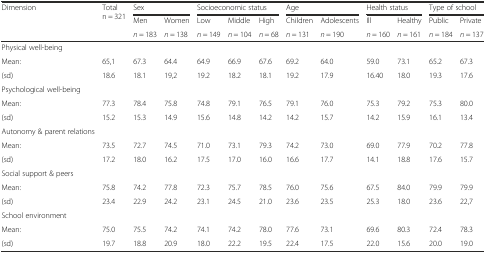
<table><thead><tr><td rowspan="3"><b>Dimension</b></td><td rowspan="3"><b>Total n = 321</b></td><td colspan="2"><b>Sex</b></td><td colspan="3"><b>Socioeconomic status</b></td><td colspan="2"><b>Age</b></td><td colspan="2"><b>Health status</b></td><td colspan="2"><b>Type of school</b></td></tr><tr><td><b>Men</b></td><td><b>Women</b></td><td><b>Low</b></td><td><b>Middle</b></td><td><b>High</b></td><td><b>Children</b></td><td><b>Adolescents</b></td><td><b>Ill</b></td><td><b>Healthy</b></td><td><b>Public</b></td><td><b>Private</b></td></tr><tr><td><b><i>n</i> = 183</b></td><td><b><i>n</i> = 138</b></td><td><b><i>n</i> = 149</b></td><td><b><i>n</i> = 104</b></td><td><b><i>n</i> = 68</b></td><td><b><i>n</i> = 131</b></td><td><b><i>n</i> = 190</b></td><td><b><i>n</i> = 160</b></td><td><b><i>n</i> = 161</b></td><td><b><i>n</i> = 184</b></td><td><b><i>n</i> = 137</b></td></tr></thead><tbody><tr><td>Physical well-being</td><td></td><td></td><td></td><td></td><td></td><td></td><td></td><td></td><td></td><td></td><td></td><td></td></tr><tr><td>Mean:</td><td>65,1</td><td>67.3</td><td>64.4</td><td>64.9</td><td>66.9</td><td>67.6</td><td>69.2</td><td>64.0</td><td>59.0</td><td>73.1</td><td>65.2</td><td>67.3</td></tr><tr><td>(sd)</td><td>18.6</td><td>18.1</td><td>19,2</td><td>19.2</td><td>18.2</td><td>18.1</td><td>19.2</td><td>17.9</td><td>16.40</td><td>18.0</td><td>19.3</td><td>17.6</td></tr><tr><td>Psychological well-being</td><td></td><td></td><td></td><td></td><td></td><td></td><td></td><td></td><td></td><td></td><td></td><td></td></tr><tr><td>Mean:</td><td>77.3</td><td>78.4</td><td>75.8</td><td>74.8</td><td>79.1</td><td>76.5</td><td>79.1</td><td>76.0</td><td>75.3</td><td>79.2</td><td>75.3</td><td>80.0</td></tr><tr><td>(sd)</td><td>15.2</td><td>15.3</td><td>14.9</td><td>15.6</td><td>14.8</td><td>14.2</td><td>14.2</td><td>15.7</td><td>14.2</td><td>15.9</td><td>16.1</td><td>13.4</td></tr><tr><td>Autonomy &amp; parent relations</td><td></td><td></td><td></td><td></td><td></td><td></td><td></td><td></td><td></td><td></td><td></td><td></td></tr><tr><td>Mean:</td><td>73.5</td><td>72.7</td><td>74.5</td><td>71.0</td><td>73.1</td><td>79.3</td><td>74.2</td><td>73.0</td><td>69.0</td><td>77.9</td><td>70.2</td><td>77.8</td></tr><tr><td>(sd)</td><td>17.2</td><td>18.0</td><td>16.2</td><td>17.5</td><td>17.0</td><td>16.0</td><td>16.6</td><td>17.7</td><td>14.1</td><td>18.8</td><td>17.6</td><td>15.7</td></tr><tr><td>Social support &amp; peers</td><td></td><td></td><td></td><td></td><td></td><td></td><td></td><td></td><td></td><td></td><td></td><td></td></tr><tr><td>Mean:</td><td>75.8</td><td>74.2</td><td>77.8</td><td>72.3</td><td>75.7</td><td>78.5</td><td>76.0</td><td>75.6</td><td>67.5</td><td>84.0</td><td>79.9</td><td>79.9</td></tr><tr><td>(sd)</td><td>23.4</td><td>22.9</td><td>24.2</td><td>23.1</td><td>24.5</td><td>21.0</td><td>23.6</td><td>23.5</td><td>25.3</td><td>18.0</td><td>23.6</td><td>22,7</td></tr><tr><td>School environment</td><td></td><td></td><td></td><td></td><td></td><td></td><td></td><td></td><td></td><td></td><td></td><td></td></tr><tr><td>Mean:</td><td>75.0</td><td>75.5</td><td>74.2</td><td>74.1</td><td>74.2</td><td>78.0</td><td>77.6</td><td>73.1</td><td>69.6</td><td>80.3</td><td>72.4</td><td>78.3</td></tr><tr><td>(sd)</td><td>19.7</td><td>18.8</td><td>20.9</td><td>18.0</td><td>22.2</td><td>19.5</td><td>22.4</td><td>17.5</td><td>22.0</td><td>15.6</td><td>20.0</td><td>19.0</td></tr></tbody></table>